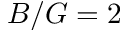
B / G = 2